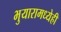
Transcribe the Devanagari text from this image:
भुयारामध्येही